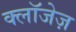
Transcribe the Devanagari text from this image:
क्लॉजेज़